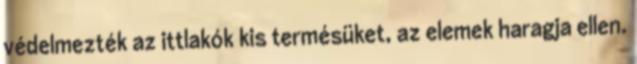
védelmezték az ittlakók kis termésüket, az elemek haragja ellen.